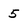
Character: 5